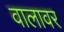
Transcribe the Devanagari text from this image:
वालावर